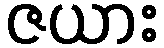
ဇယား